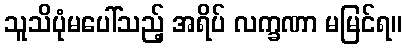
သူသိပုံမပေါ်သည့် အရိပ် လက္ခဏာ မမြင်ရ။